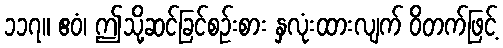
၁၁၇။ ဧဝံ၊ ဤသို့ဆင်ခြင်စဉ်းစား နှလုံးထားလျက် ဝိတက်ဖြင့်